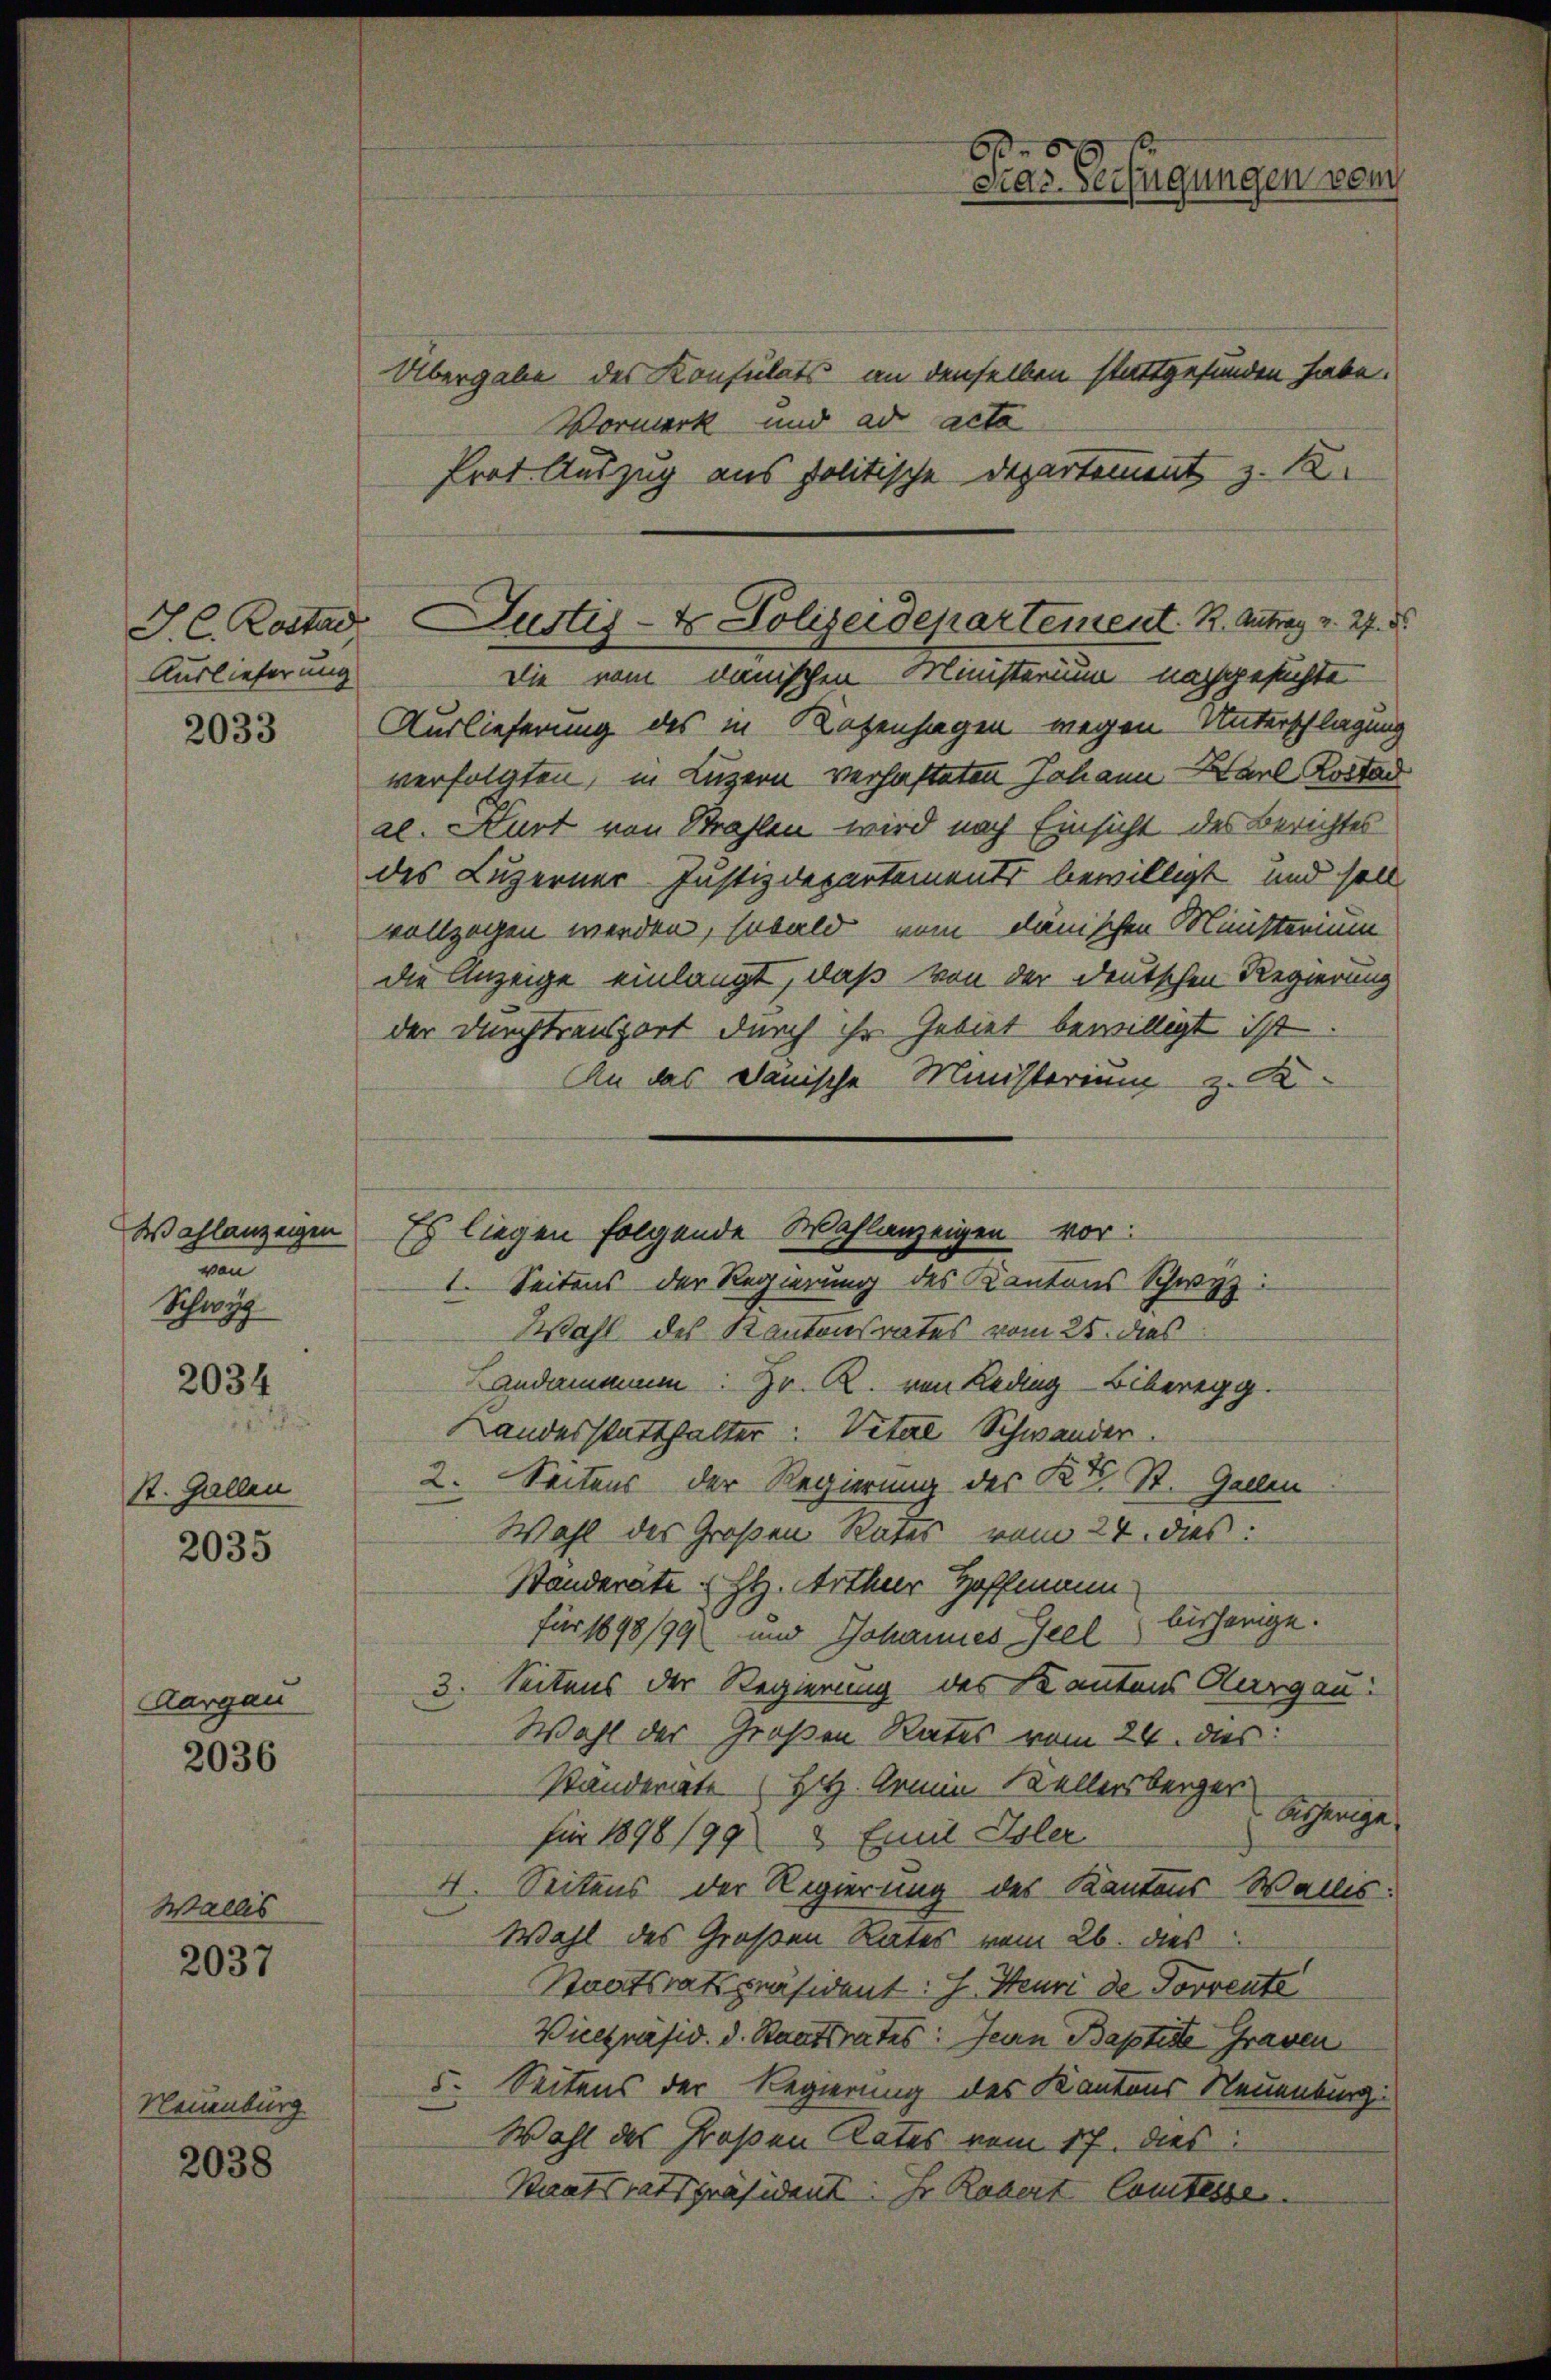
Auslieferung

2033

Wahlanzeigen
ven
Schwyz

2034

St. Gallen
2035

Aargau

2036

Wallis

2037

Neuenburg

2038

Übergabe des Konsulats an denselben stattgefunden habe.
Vormerk und ad acta
Prot. Auszug aus politische Departement z. 12
Die vom dänischen Ministerium nachgesuchte
Auslieferung des in Ratzenhagen wegen Unterschlagung
verfolgten, in Luzern verhafteten Johann Karl Kostad
al. Kurt von Strafen wird nach Einsicht des Berichtes
des Luzerner Justizdepartements bewilligt, und soll
vollzogen werden, sobald vom dänischen Ministerium
die Anzeige einlangt, daß von der deutschen Regierung
der Durchtransport durch ihr Gebiet bewilligt ist
An das Dänische Ministerium z. B
Wahl des Kantonsrates vom 25. dies
Landamnum: Hr. R. von Reding-Biberegg.
Landesstatthalter: Vetere Schwander.
2. Seitens der Regierung des Kt. St. Gallen
Wahl des Großen Rates vom 24. dies
Standeräte (HH. Arthur Hoffman
bisherige.
für 1898/99 und Johannes Seel
Seitens der Regierung des Kantons Aargau:
3.
Wahl der Großen Rates vom 24. dies
Standerate Hitz. Armin Kellersberger
Schange
für 1898/99 & Emil Isler
.
Seitens der Regierung des Kantons Wallis:
Wahl des Großen Rates vom 26. dies
Staatsratspräsident: J. Heuri de Torrente
Vicepräsid. d. Staatsrates: Jean Baptite Graven
5. Seitens der Regierung des Kantons Neuenburg.
Wahl des Großen Rates vom 17. dies
Staatsratspräsident: Hr. Robert Comtesse

J. C. Rostad Justiz- & Polizeidepartement K. Antrag v. 27. d.

Es liegen folgende Wahlanzeigen vor:
1. Seitens der Regierung des Kantons Schwyz:

66x
Pras. Verfügungen vom